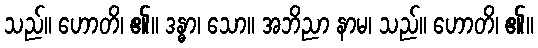
သည်။ ဟောတိ၊ ၏။ ဒန္ဓာ၊ သော။ အဘိညာ နာမ၊ သည်။ ဟောတိ၊ ၏။